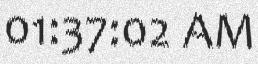
01:37:02 AM